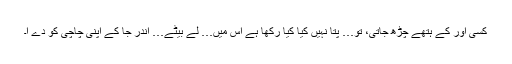
کسی اور کے ہتھے چڑھ جاتی، تو… پتا نہیں کیا کیا رکھا ہے اس میں… لے بیٹے… اندر جا کے اپنی چاچی کو دے آ۔